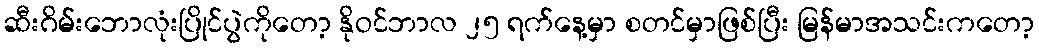
ဆီးဂိမ်းဘောလုံးပြိုင်ပွဲကိုတော့ နိုဝင်ဘာလ ၂၅ ရက်နေ့မှာ စတင်မှာဖြစ်ပြီး မြန်မာအသင်းကတော့